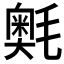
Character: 𭯣